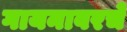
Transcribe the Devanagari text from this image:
गायनावरचे